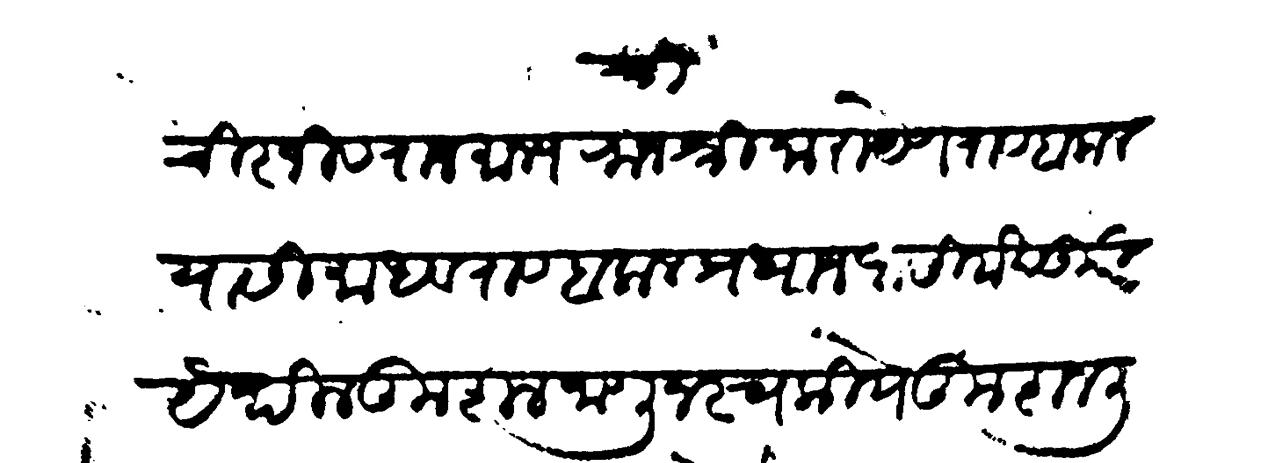
Transliteration (Devanagari): श्री चिरजीव राजमान्य राजश्री नारायेण राव बलाल यासी माधवराव बलाल प्रधान आसिर्वाद उपरी येथील कुशल जाणुन स्वकीये कुशल लिहित